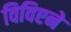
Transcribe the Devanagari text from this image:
विविएने